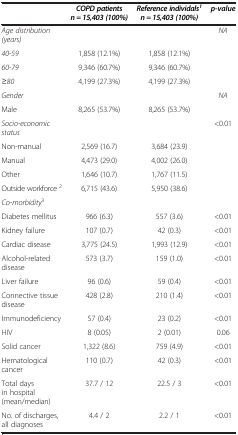
<table><thead><tr><td><b> </b></td><td><b><i>COPD patients n = 15,403 (100%)</i></b></td><td><b><i>Reference individals</i><sup><i>1</i></sup><i>n = 15,403 (100%)</i></b></td><td><b><i>p-value</i></b></td></tr></thead><tbody><tr><td><i>Age distribution (years)</i></td><td> </td><td> </td><td><i>NA</i></td></tr><tr><td><i>40-59</i></td><td>1,858 (12.1%)</td><td>1,858 (12.1%)</td><td> </td></tr><tr><td><i>60-79</i></td><td>9,346 (60.7%)</td><td>9,346 (60.7%)</td><td> </td></tr><tr><td><i>≥80</i></td><td>4,199 (27.3%)</td><td>4,199 (27.3%)</td><td> </td></tr><tr><td><i>Gender</i></td><td> </td><td> </td><td><i>NA</i></td></tr><tr><td>Male</td><td>8,265 (53.7%)</td><td>8,265 (53.7%)</td><td> </td></tr><tr><td><i>Socio-economic status</i></td><td> </td><td> </td><td>&lt;0.01</td></tr><tr><td>Non-manual</td><td>2,569 (16.7)</td><td>3,684 (23.9)</td><td> </td></tr><tr><td>Manual</td><td>4,473 (29.0)</td><td>4,002 (26.0)</td><td> </td></tr><tr><td>Other</td><td>1,646 (10.7)</td><td>1,767 (11.5)</td><td> </td></tr><tr><td>Outside workforce <sup>2</sup></td><td>6,715 (43.6)</td><td>5,950 (38.6)</td><td> </td></tr><tr><td><i>Co-morbidity</i><sup>3</sup></td><td> </td><td> </td><td> </td></tr><tr><td>Diabetes mellitus</td><td>966 (6.3)</td><td>557 (3.6)</td><td>&lt;0.01</td></tr><tr><td>Kidney failure</td><td>107 (0.7)</td><td>42 (0.3)</td><td>&lt;0.01</td></tr><tr><td>Cardiac disease</td><td>3,775 (24.5)</td><td>1,993 (12.9)</td><td>&lt;0.01</td></tr><tr><td>Alcohol-related disease</td><td>573 (3.7)</td><td>159 (1.0)</td><td>&lt;0.01</td></tr><tr><td>Liver failure</td><td>96 (0.6)</td><td>59 (0.4)</td><td>&lt;0.01</td></tr><tr><td>Connective tissue disease</td><td>428 (2.8)</td><td>210 (1.4)</td><td>&lt;0.01</td></tr><tr><td>Immunodeficiency</td><td>57 (0.4)</td><td>23 (0.2)</td><td>&lt;0.01</td></tr><tr><td>HIV</td><td>8 (0.05)</td><td>2 (0.01)</td><td>0.06</td></tr><tr><td>Solid cancer</td><td>1,322 (8.6)</td><td>759 (4.9)</td><td>&lt;0.01</td></tr><tr><td>Hematological cancer</td><td>110 (0.7)</td><td>42 (0.3)</td><td>&lt;0.01</td></tr><tr><td>Total days in hospital (mean/median)</td><td>37.7 / 12</td><td>22.5 / 3</td><td>&lt;0.01</td></tr><tr><td>No. of discharges, all diagnoses</td><td>4.4 / 2</td><td>2.2 / 1</td><td>&lt;0.01</td></tr></tbody></table>